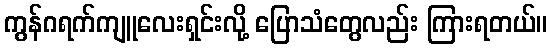
ကွန်ဂရက်ကျူလေးရှင်းလို့ ပြောသံတွေလည်း ကြားရတယ်။